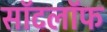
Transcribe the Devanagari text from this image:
सॉटलॉफ